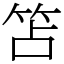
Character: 笘